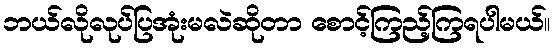
ဘယ်လိုလုပ်ပြအုံးမလဲဆိုတာ စောင့်ကြည့်ကြရပါမယ်။